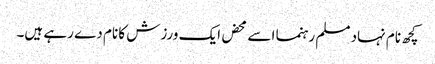
کچھ نام نہاد مسلم رہنما اسے محض ایک ورزش کا نام دے رہے ہیں۔